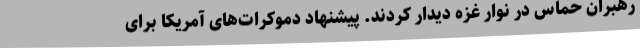
رهبران حماس در نوار غزه دیدار کردند. پیشنهاد دموکرات‌های آمریکا برای